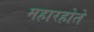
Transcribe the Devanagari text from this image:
महारहोते